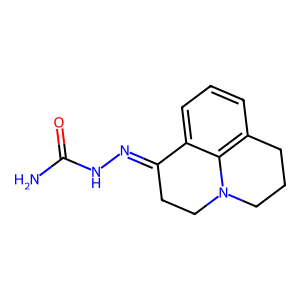
SMILES: NC(=O)NN=C1CCN2CCCc3cccc1c32
Inhibits HIV replication: No